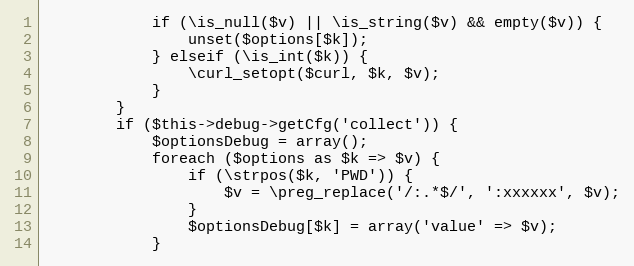
Language: PHP
            if (\is_null($v) || \is_string($v) && empty($v)) {
                unset($options[$k]);
            } elseif (\is_int($k)) {
                \curl_setopt($curl, $k, $v);
            }
        }
        if ($this->debug->getCfg('collect')) {
            $optionsDebug = array();
            foreach ($options as $k => $v) {
                if (\strpos($k, 'PWD')) {
                    $v = \preg_replace('/:.*$/', ':xxxxxx', $v);
                }
                $optionsDebug[$k] = array('value' => $v);
            }